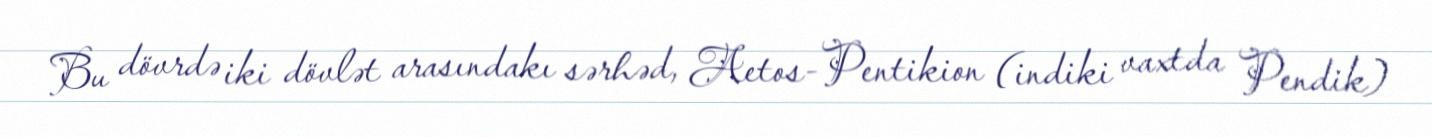
Bu dövrdə iki dövlət arasındakı sərhəd, Aetos-Pentikion (indiki vaxtda Pendik)